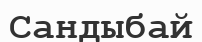
Сандыбай